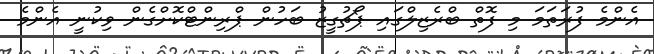
އެންމެ ފުރަތަމަ މި ފޮތް ބްރެޒިލްގައި ޕޯޗުގީޒު ބަހުން ޕްރިންޓްކޮށްގެން ވިކުނީ އެންމެ